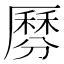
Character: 𠪺